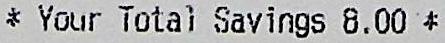
* YOUR TOTAL SAVINGS 8.00 *